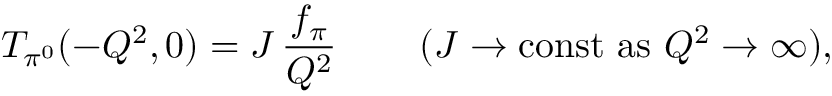
T _ { \pi ^ { 0 } } ( - Q ^ { 2 } , 0 ) = { \cal J } \, \frac { f _ { \pi } } { Q ^ { 2 } } \, \qquad ( { \cal J } \to \mathrm { c o n s t } \, \, \mathrm { a s \, \, } Q ^ { 2 } \to \infty ) ,